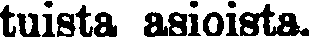
tuista asioista.